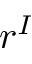
r ^ { I }